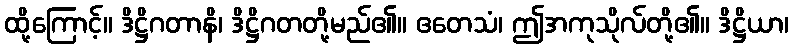
ထို့ကြောင့်။ ဒိဋ္ဌိဂတာနိ၊ ဒိဋ္ဌိဂတတို့မည်၏။ ဧတေသံ၊ ဤအကုသိုလ်တို့၏။ ဒိဋ္ဌိယာ၊